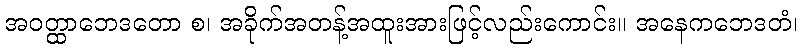
အဝတ္ထာဘေဒတော စ၊ အခိုက်အတန့်အထူးအားဖြင့်လည်းကောင်း။ အနေကဘေဒတံ၊